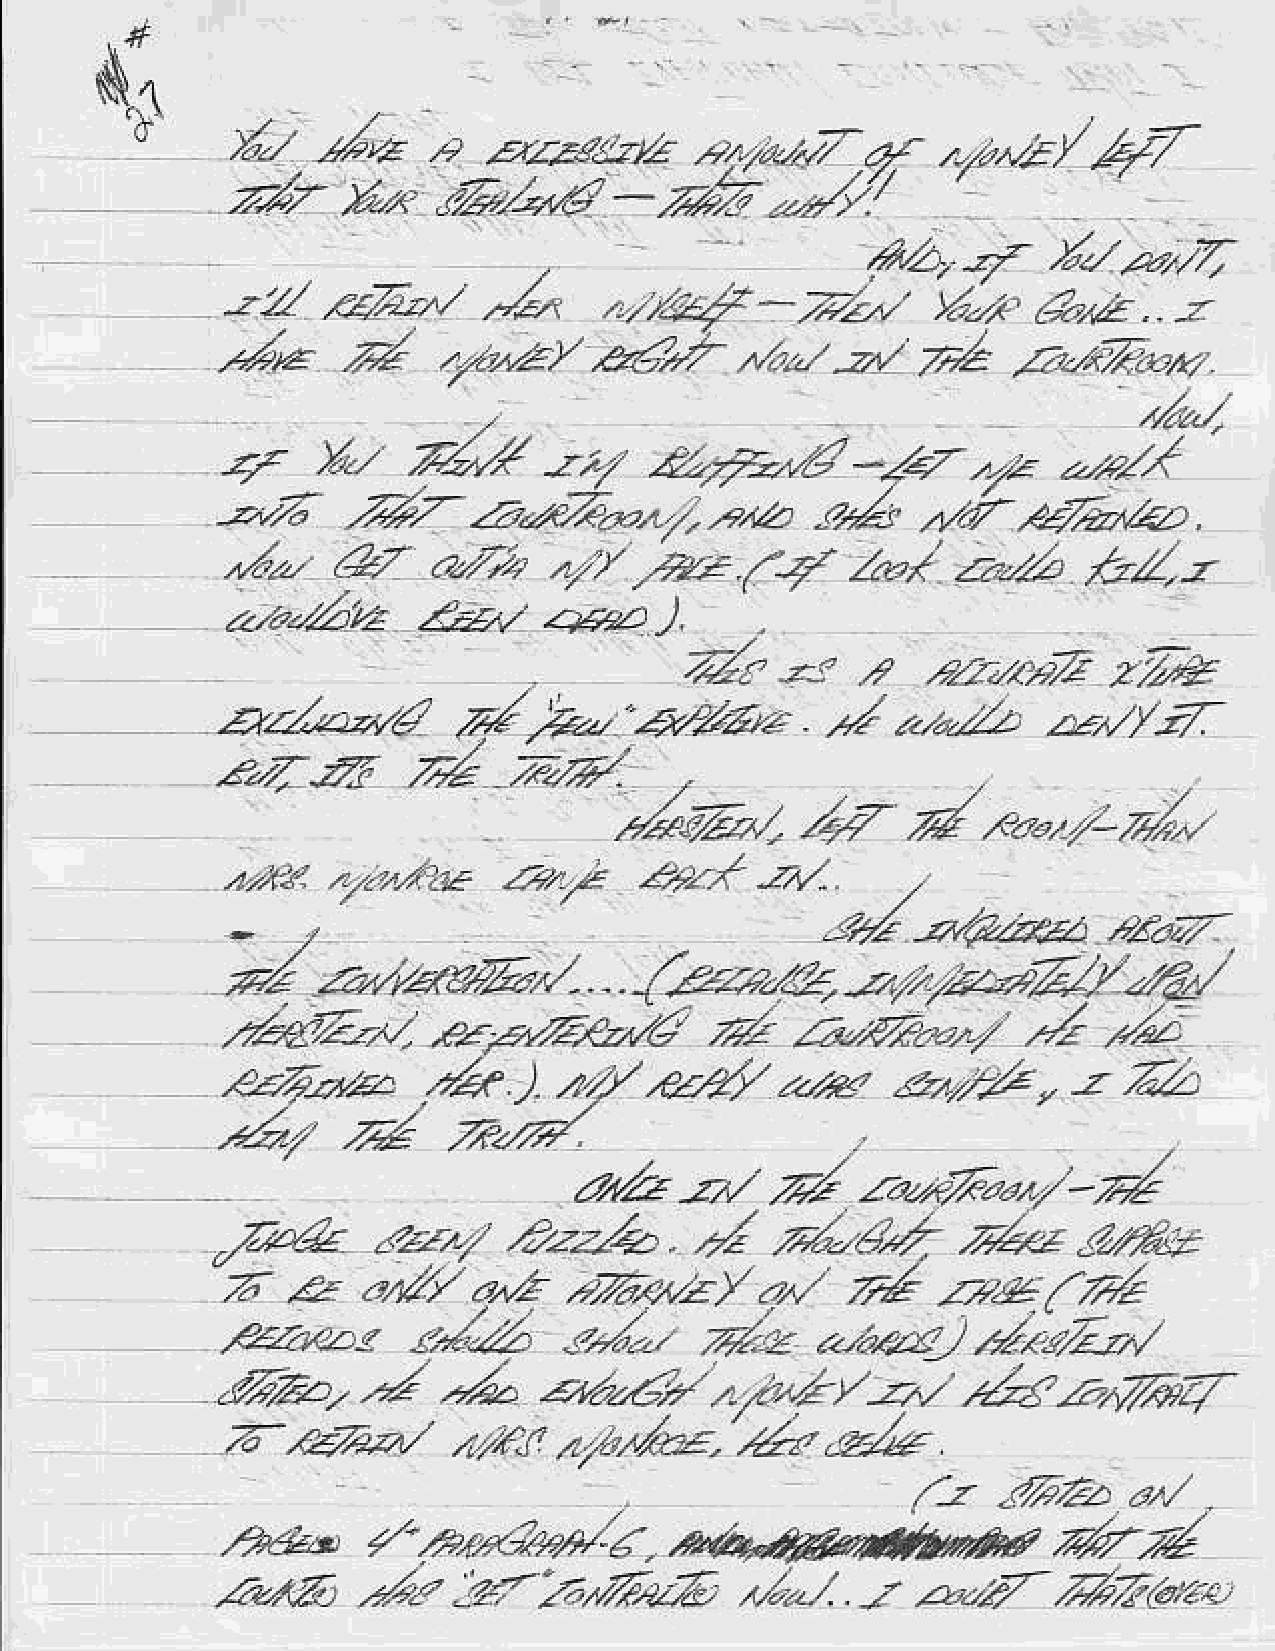
N:
 /a-/_ .l,e    e  aa?)tz         .r',a47   4.   ..r";   r' 47
 ,"4
 /:,tu./        t/buL',G/             ,,)/,/
 -,/.4,<
 '
 i/    /-/.,,.2
 A,4
 ,*$-Zz,l                           r
 -zz/   <<,z..ut  -z.a     ,                    U-/a   tA'z   .
 *
 .42     .d              .k        ."-
 .ro,zz,
 -zt,  v;y'  zz-a-7an
 ./4
 r.
 4     v-    z/y'                          -?,,.        r/,"
 e.2--€
 ,4-
 -2"   ,r4!         zrz"<a.
 -.2,/6           zh,rtr?.,2"/,
 "A
 A/      .2.    .
 ./"-                     , /zr    aV     ,.er   zz-t-t   t:t/-z
 z!   ,?               2//,e
 z.ja/"?/,.
 /4.4,?
 (
 ?y'     ?4      4
 t,n-c  "...,-1?
 :%
 ,r;a7a
 -a&z;aa
 -/,a,1a*zr,/..../zu'z-&,.242),4,"21y'-ra.,
 r-                         .*
 :/4-zz^z      ,ez*",7tui)             za,Z..-,,      n1
 y'e                    ,.a'
 .e-z4z,z-          1  2y'.e,r.4             ,s,   ',.2, -z  7iZ
 '   ,-Z    7.?.d
 ..za:,2/
 /                  -.1
 2r,,        z*u7r*+
 zz,tlz
 Z
 Zavk               .€zzz/a.         zr^/ugZ      rr4u   ZtAy
 ?22.,1/
 .,,   f4
 zr  zz   ?Lt/   dAz    ?Va,y'z,                z7e-az:-y'
 tlzz      .r-L      /;:
 //a1z
 ,az.'",'.d
 n1/.?-/-ta
 /           att*r/"r,".a
 /z,ao.         .z/a,,                    , -r'/  ,,24  1??,V/7r7
 Z-.aze^z,t     z.,tl  zZ.Aat.     .4,"
 -z-/t*
 ,
 .f,.a.   ,a/
 a-z
 b',rz.
 ,A*')        r2rh4e9/€.,44ee*,**
 as6       "'
 la/.        4-27
 2tz-7"/,Vta26              -.           ,ZZ(dc'.,
 ,:1;qz
 .